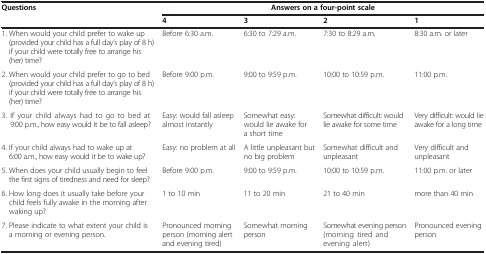
| Questions | <COLSPAN=4> Answers on a four-point scale |
 |  | 4 | 3 | 2 | 1 |
 | --- | --- | --- | --- | --- |
 | 1. When would your child prefer to wake up (provided your child has a full day’s play of 8 h) if your child were totally free to arrange his (her) time? | Before 6:30 a.m. | 6:30 to 7:29 a.m. | 7:30 to 8:29 a.m. | 8:30 a.m. or later |
 | 2. When would your child prefer to go to bed (provided your child has a full day’s play of 8 h) if your child were totally free to arrange his (her) time? | Before 9:00 p.m. | 9:00 to 9:59 p.m. | 10:00 to 10:59 p.m. | 11:00 p.m. |
 | 3. If your child always had to go to bed at 9:00 p.m., how easy would it be to fall asleep? | Easy: would fall asleep almost instantly | Somewhat easy: would lie awake for a short time | Somewhat difficult: would lie awake for some time | Very difficult: would lie awake for a long time |
 | 4. If your child always had to wake up at 6:00 a.m., how easy would it be to wake up? | Easy: no problem at all | A little unpleasant but no big problem | Somewhat difficult and unpleasant | Very difficult and unpleasant |
 | 5. When does your child usually begin to feel the first signs of tiredness and need for sleep? | Before 9:00 p.m. | 9:00 to 9:59 p.m. | 10:00 to 10:59 p.m. | 11:00 p.m. or later |
 | 6. How long does it usually take before your child feels fully awake in the morning after waking up? | 1 to 10 min | 11 to 20 min | 21 to 40 min | more than 40 min |
 | 7. Please indicate to what extent your child is a morning or evening person. | Pronounced morning person (morning alert and evening tired) | Somewhat morning person | Somewhat evening person (morning tired and evening alert) | Pronounced evening person |